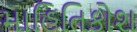
માહિતિકોશ